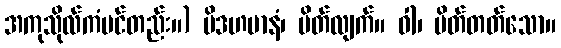
အကုသိုလ်ကံပင်တည်း။) ပိဒဟမာနံ၊ ပိတ်လျက်။ ဝါ၊ ပိတ်တတ်သော။